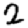
Digit: 2